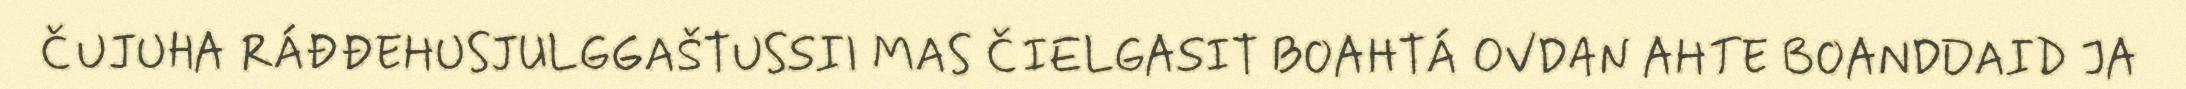
ČUJUHA RÁĐĐEHUSJULGGAŠTUSSII MAS ČIELGASIT BOAHTÁ OVDAN AHTE BOANDDAID JA